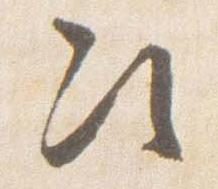
次